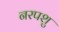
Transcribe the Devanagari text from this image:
नरपशु